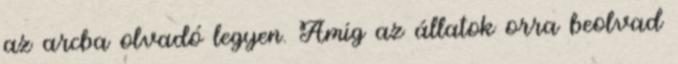
az arcba olvadó legyen. Amíg az állatok orra beolvad